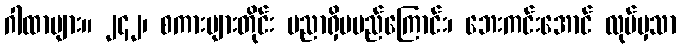
ဂါထာများ။ ၂၄၂၊ စကားများတိုင်း ပညာရှိမမည်ကြောင်း၊ ဘေးကင်းအောင် လုပ်မှသာ